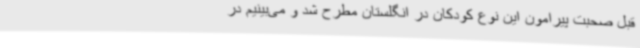
قبل صحبت پیرامون این نوع کودکان در انگلستان مطرح شد و می‌بینیم در